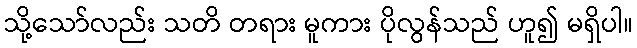
သို့သော်လည်း သတိ တရား မူကား ပိုလွန်သည် ဟူ၍ မရှိပါ။